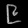
Digit: ၉